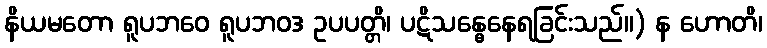
နိယမတော ရူပဘဝေ ရူပဘဝဒ ဥပပတ္တိ၊ ပဋိသန္ဓေနေရခြင်းသည်။) န ဟောတိ၊